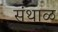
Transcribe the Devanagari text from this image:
संथाळ